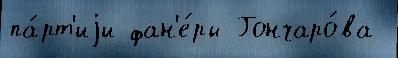
па́рт'иjи фан'е́ры Гончаро́ва